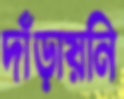
দাঁড়ায়নি